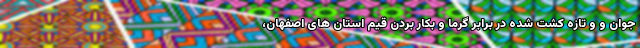
جوان و و تازه کشت شده در برابر گرما و بکار بردن قیم استان های اصفهان،